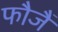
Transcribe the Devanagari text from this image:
फौजैं